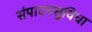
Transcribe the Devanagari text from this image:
संपादनसुविधा